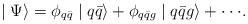
\begin{align*}\mid \Psi \rangle = \phi_{q\bar{q}} \mid q\bar{q} \rangle +\phi_{q\bar{q}g} \mid q\bar{q}g \rangle + \cdot\cdot\cdot.\end{align*}